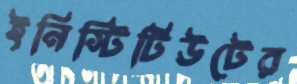
ইনিস্টিটিউটের